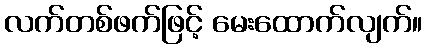
လက်တစ်ဖက်ဖြင့် မေးထောက်လျက်။